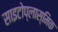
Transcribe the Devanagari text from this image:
साइटोप्लास्मिक